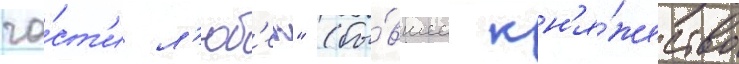
ча́ст'и л'юб'ек" (бы́вшее кн'я́жество